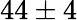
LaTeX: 44\pm 4